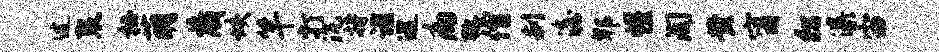
过裂杜萌藏垓竿打沉持谨巡痛弧僧刹澹郫惺淘黄甯彷瀑宙